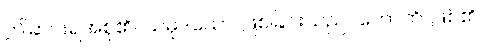
ဤဆင်းရဲအစု၏။ သမုဒယော၊ ဖြစ်ခြင်းသည်။ ဟောတိ၊ ဖြစ်၏။